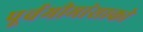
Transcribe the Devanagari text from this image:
पूर्वमीमांसाकाे